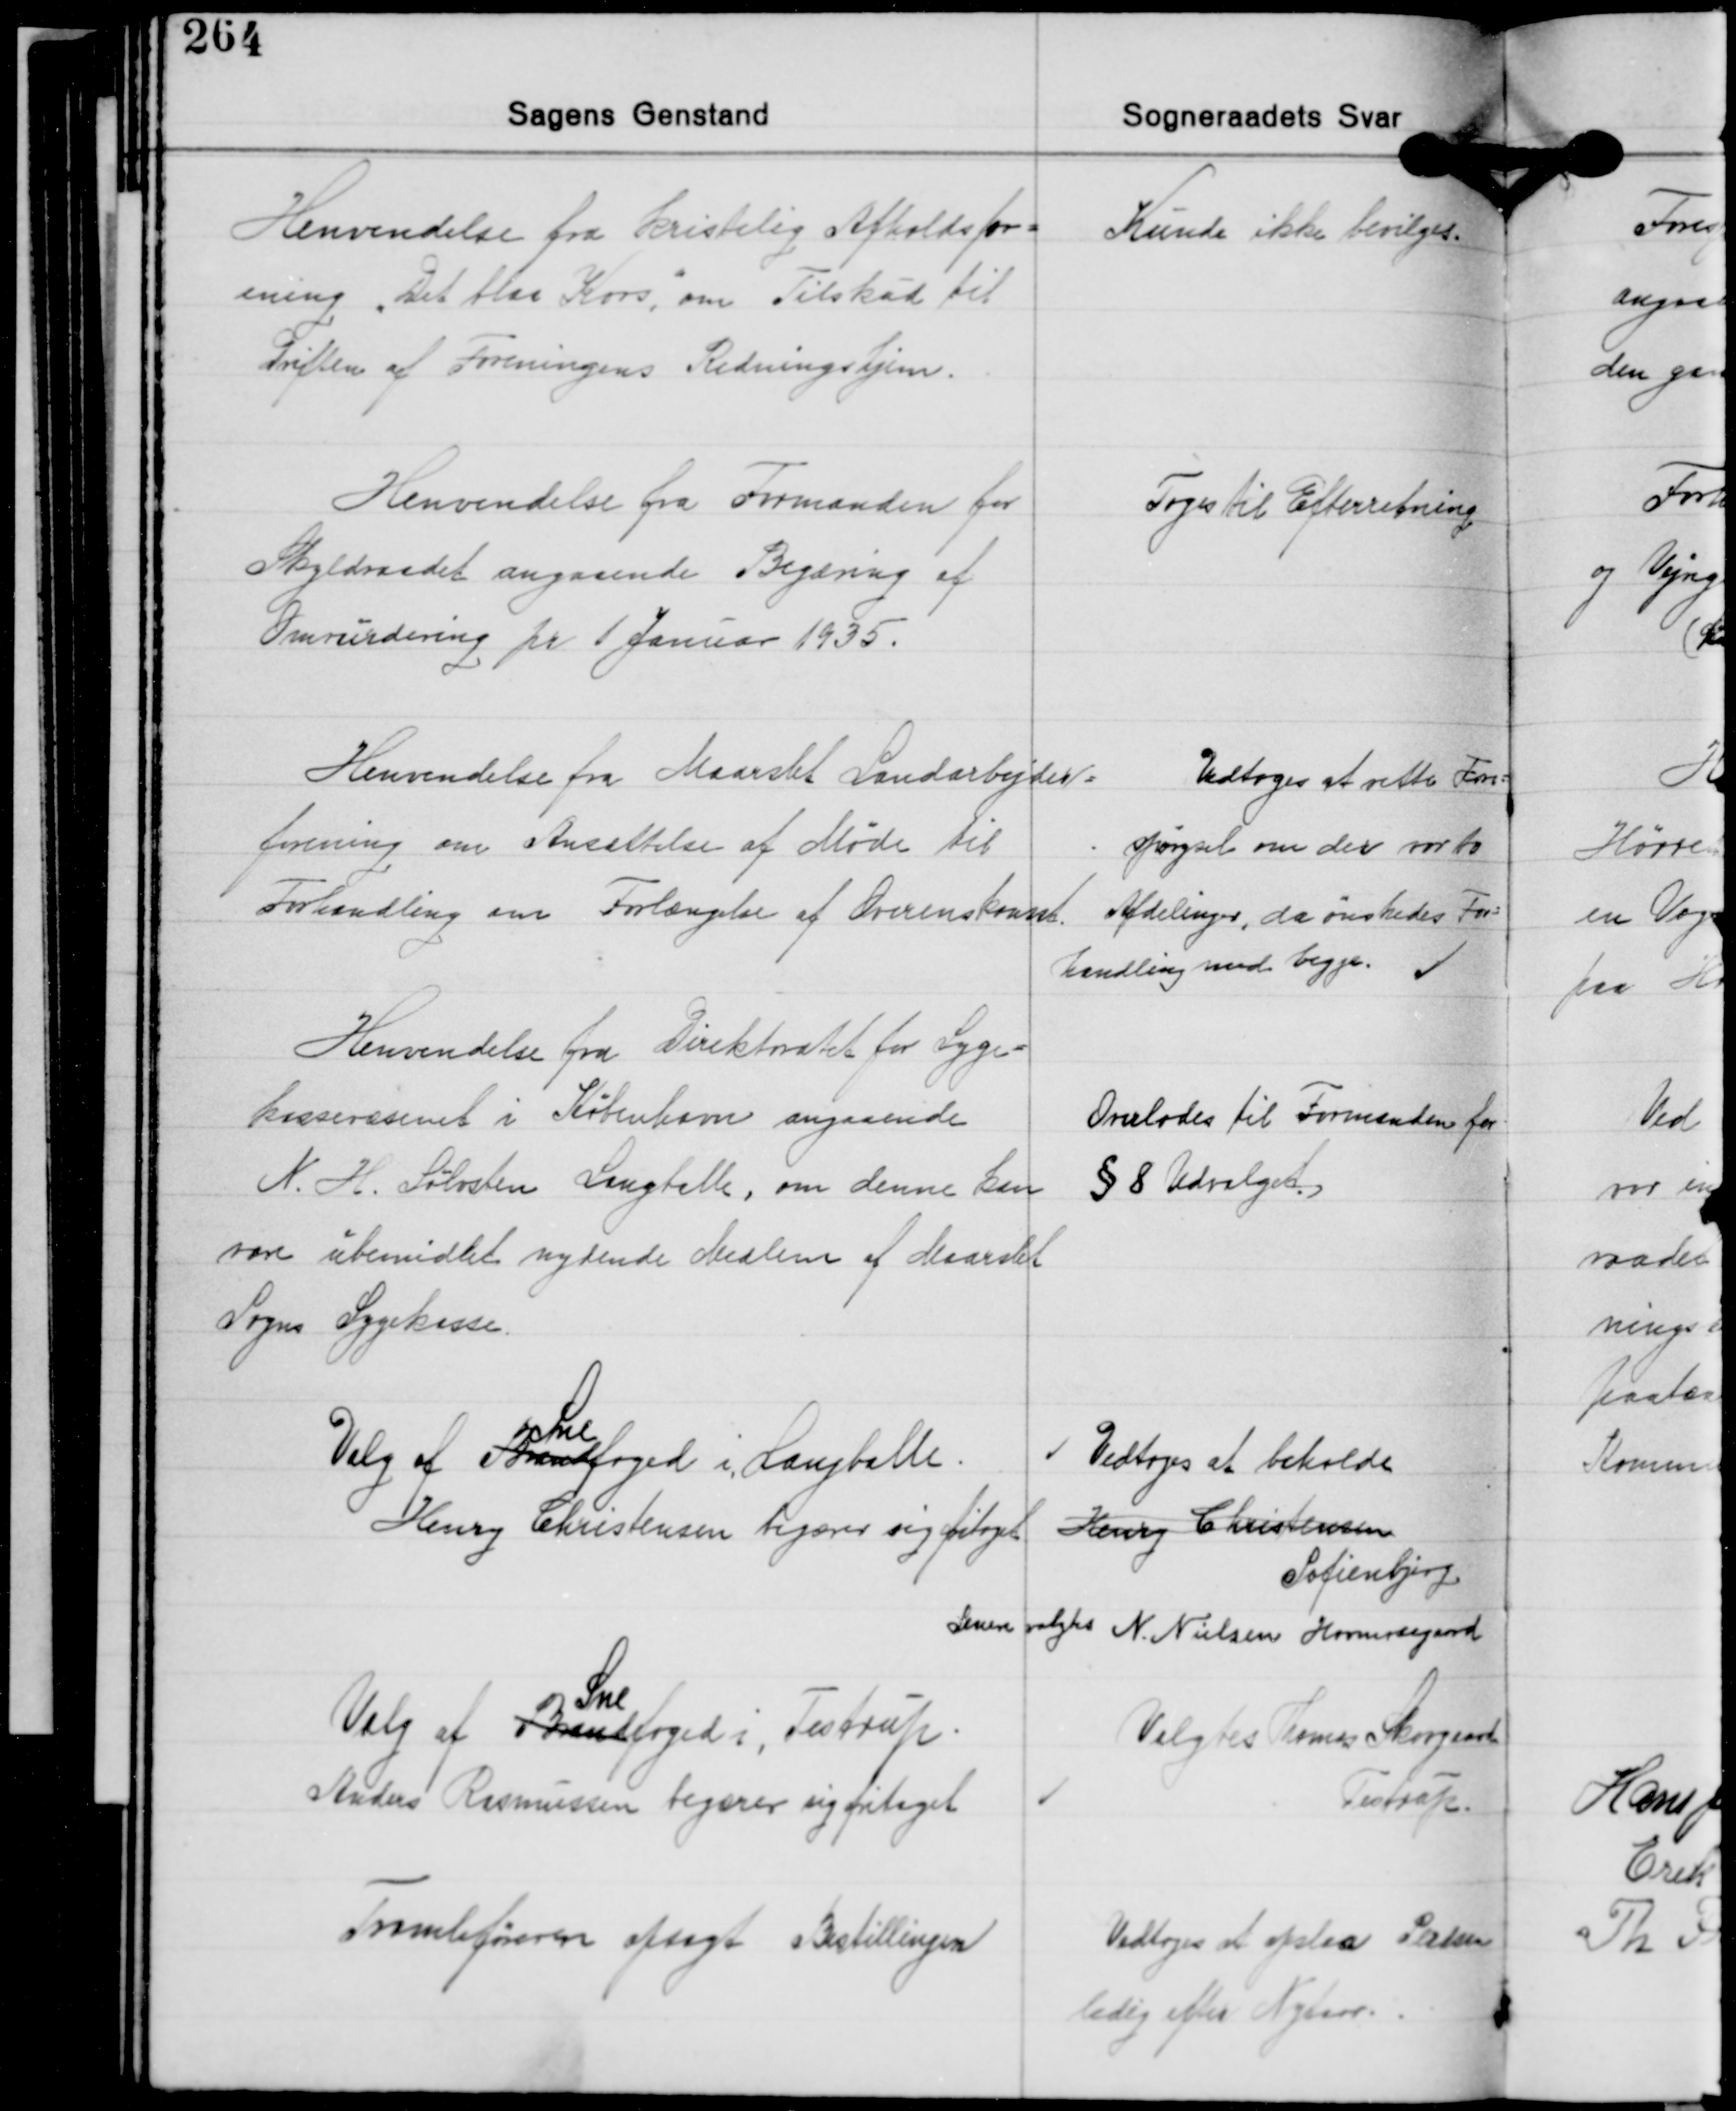
Transskription:
Henvendelse fra Kristelig Afholdsfor-
ening "Det blaa Kors", om Tilskud til
Driften af Foreningens Redningshjem.

Kunde ikke bevilges

Henvendelse fra Formanden for
Skyldraadet angaaende Begæring af
Omvurdering pr. 1 Januar 1935.

Toges Til Efterretning

Henvendelse fra Maarslet Landarbejder-
forening om Ansættelse af Møde til
Forhandling om Forlængelse af Overenskomst.

Vedtoges at rette Fore-
spørgsel om der var to
Afdelinger, da ønskedes For-
handling med begge.

Henvendelse fra Direktoratet for Syge-
kassevæsenet i København angaaende
N. H. Sølvsten Langballe, om denne kan
være ubemidlet nydende Medlem af Maarslet
Sogns Sygekasse.

Overlodes til Formanden for
§ 8 Udvalget

Valg af Strandfoged i Langballe.
Sne
Henry Christensen begærer sig fritaget

Vedtoges at beholde
Henry Christensen
Sofienbjerg

Senere valgtes N. Nielsen Hovmodegaard

Sne
Valg af Bandfoged i, Testrup
Anders Rasmussen begærer sig fritaget

Valgtes Thomas Skovgaard
Testrup.

Tromleføreren opsagt Bestillingen

Vedtoges at Opslaa Pladsen
ledig efter Nytaar.